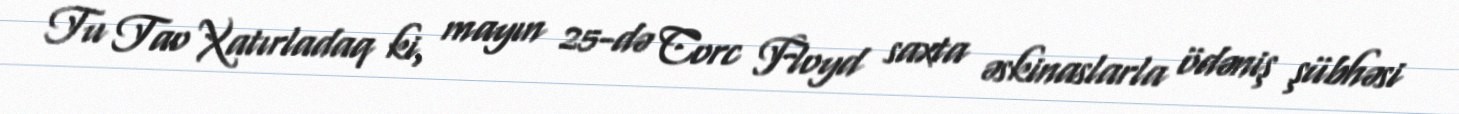
Tu Tao Xatırladaq ki, mayın 25-də Corc Floyd saxta əskinaslarla ödəniş şübhəsi